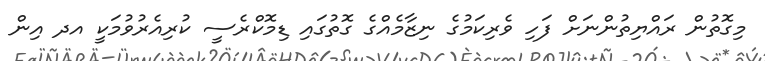
މިގޮތުން ރައްޔިތުންނަށް ފަހި ވެރިކަމުގެ ނިޒާމެއްގެ ގޮތުގައި ޑިމޮކްރެސީ ކުރިއެރުވުމަކީ އދ އިން